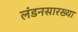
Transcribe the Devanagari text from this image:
लंडनसारख्या